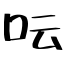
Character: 呍